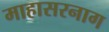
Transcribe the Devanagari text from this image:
माहासरनाग